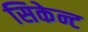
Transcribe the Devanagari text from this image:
सिकेन्ट